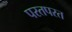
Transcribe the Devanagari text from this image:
परतपरत